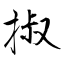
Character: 掓